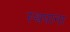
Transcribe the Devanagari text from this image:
स्थपाना